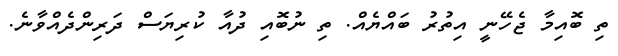
ތި ބޮއިމާ ޖެހޭނީ އިތުރު ބައްޔެއް. ތި ނުބޮއި ދުއާ ކުރިޔަސް ދަރިންދެއްވާނެ.